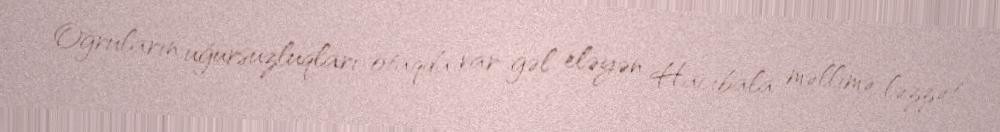
Oğruların uğursuzluqları otaqda var-gəl eləyən Hacıbala məllimə ləzzət